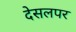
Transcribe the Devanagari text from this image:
देसलपर